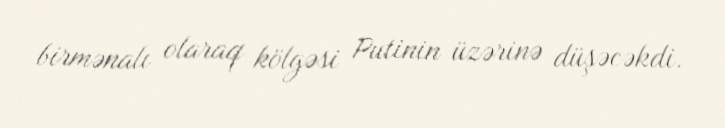
birmənalı olaraq kölgəsi Putinin üzərinə düşəcəkdi.